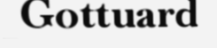
Gottuard